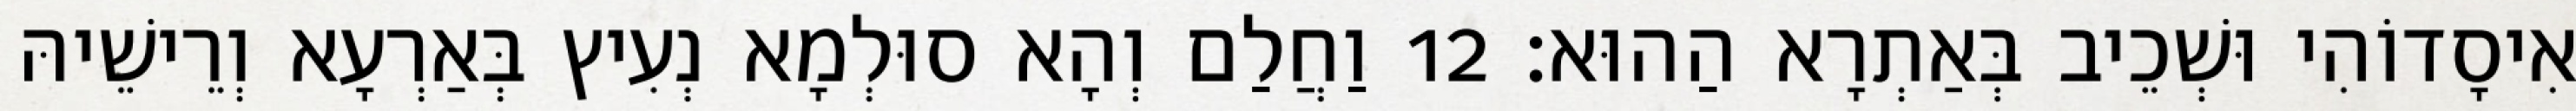
אִיסָדוֹהִי וּשְׁכֵיב בְּאַתְרָא הַהוּא׃ 12 וַחֲלַם וְהָא סוּלְמָא נְעִיץ בְּאַרְעָא וְרֵישֵׁיהּ